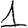
Digit: 1